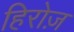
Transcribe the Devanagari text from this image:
हिरोज़